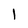
Character: l